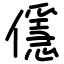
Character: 㒚